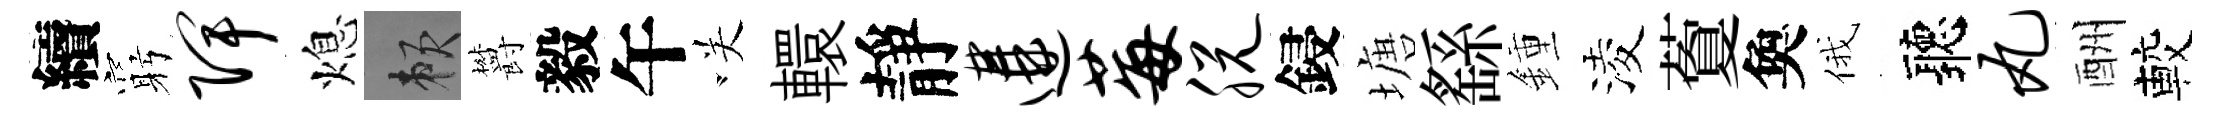
續窮陴熄賴欝毅午咲轘靜遘莓脱鋟塘繇鍾淩藑奐俄聽丸酬較